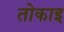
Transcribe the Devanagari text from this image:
तोकाइ